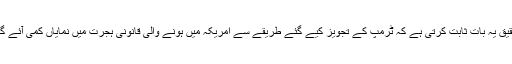
تحقیق یہ بات ثابت کرتی ہے کہ ٹرمپ کے تجویز کیے گئے طریقے سے امریکہ میں ہونے والی قانونی ہجرت میں نمایاں کمی آئے گی۔